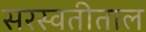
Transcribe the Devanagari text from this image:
सरस्वतीताल